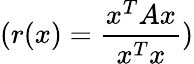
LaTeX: (r(x)=\frac{x^{T}Ax}{x^{T}x})